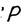
Character: P